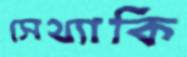
সেথ্যাকি